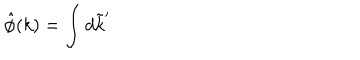
LaTeX: \hat { \phi } ( k ) = \int d \tilde { k } ^ { \prime }